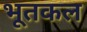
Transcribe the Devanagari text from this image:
भूतकल